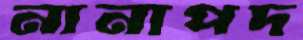
নানাপদ